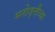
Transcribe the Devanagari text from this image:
मनोवृत्तीच्या